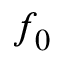
f _ { 0 }